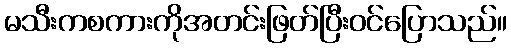
မသီးကစကားကိုအတင်းဖြတ်ပြီးဝင်ပြောသည်။